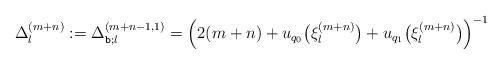
LaTeX: \begin{align*} \Delta_{l}^{(m+n)}:=\Delta^{(m+n-1,1)}_{\texttt{b}; l }= \left( 2(m+n)+ u_{q_0} \bigl( \xi^{(m+n)}_l \bigr)+ u_{q_1} \bigl( \xi^{(m+n)}_l \bigr) \right)^{-1}\end{align*}